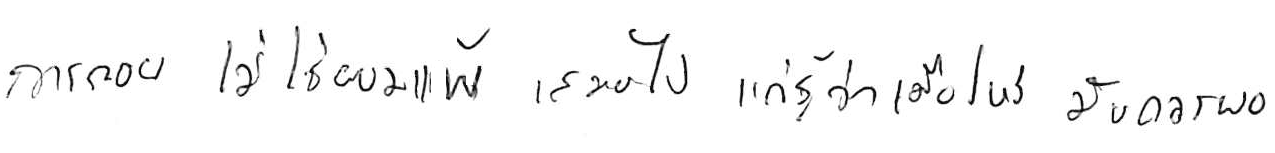
การถอย ไม่ใช่ยอมแพ้ เสมอไป แค่รู้ว่าเมื่อไหร่ มันควรพอ